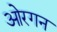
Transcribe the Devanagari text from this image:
ओरगन